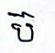
ប៊